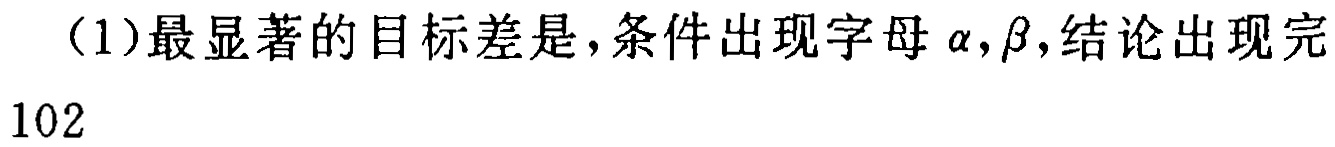
（1）最显著的目标差是，条件出现字母\(\alpha,\beta\)，结论出现完
102